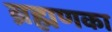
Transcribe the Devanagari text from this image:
ब्रह्मणका